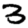
Digit: 3